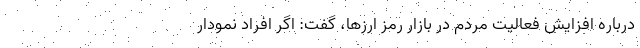
درباره افزایش فعالیت مردم در بازار رمز ارزها، گفت: اگر افراد نمودار